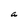
Character: a